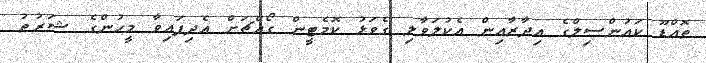
ތޮއްޑޫ ކައުންސިލްގެ އިދާރާއިން އެކުލަވާލި ގެވަޅު ކޮމެޓީން ގޯއްޗަށް އެދިފައިވާ މީހުންގެ ޝަރުޠު